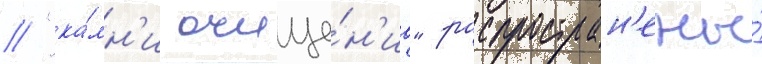
// "ка́мн'и очище́н'иа" распростран'ены́